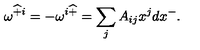
\omega ^ { \widehat { + } i } = - \omega ^ { i \widehat { + } } = \sum _ { j } A _ { i j } x ^ { j } d x ^ { - } .